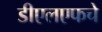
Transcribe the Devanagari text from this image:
डीएलएफचे